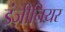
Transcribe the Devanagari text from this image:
इंज़ीनियर